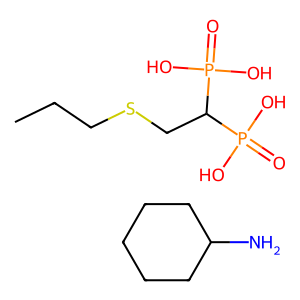
SMILES: CCCSCC(P(=O)(O)O)P(=O)(O)O.NC1CCCCC1
Inhibits HIV replication: No